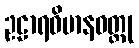
ဥဠာရဝိမာနဝတ္ထု